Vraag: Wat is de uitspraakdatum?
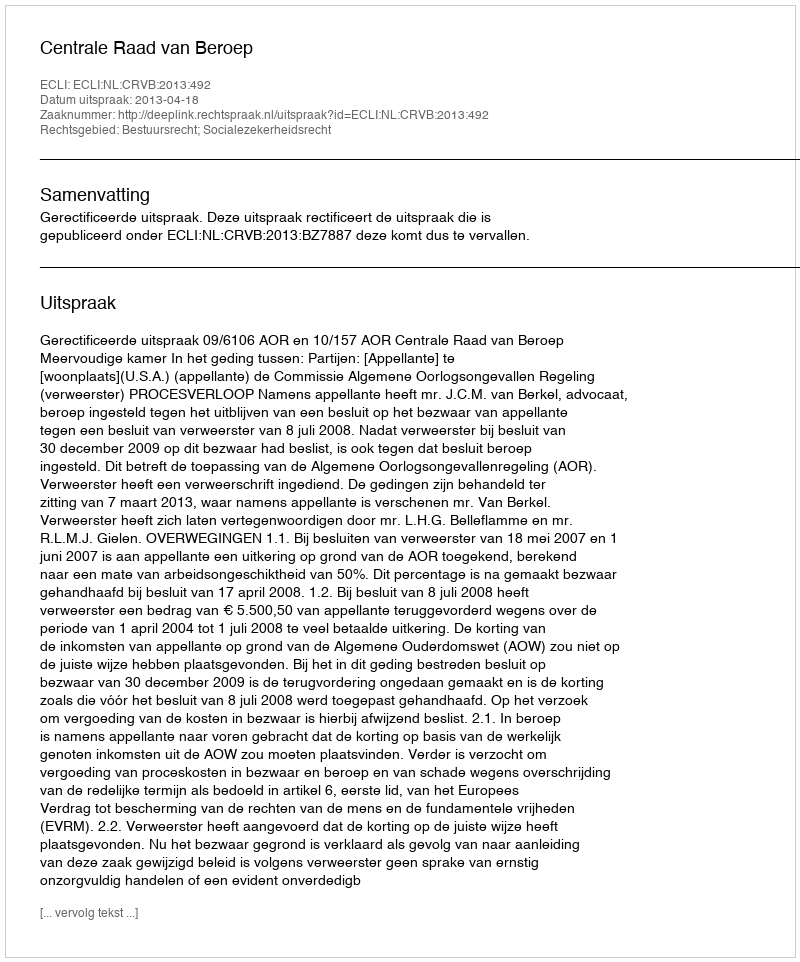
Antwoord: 2013-04-18